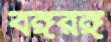
বঙ্গরঙ্গ